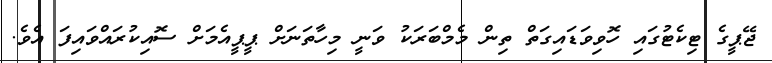
ޖޭޕީގެ ޓިކެޓުގައި ހޮވިވަޑައިގަތް ތިން މެމްބަރަކު ވަނީ މިހާތަނަށް ޕީޕީއެމަށް ސޮއިކުރައްވައިފަ އެވެ.